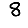
Digit: 8